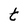
Character: t